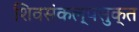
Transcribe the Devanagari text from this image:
शिवसंकल्पसुक्त